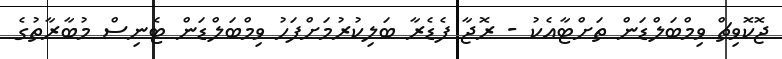
ޖޮކޮވިޗް ވިމްބަލްޑަން ތަށްޓާއެކު - ރޮޖާ ފެޑެރާ ބަލިކުރުމަށްފަހު ވިމްބަލްޑަން ޓެނިސް މުބާރާތުގެ